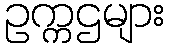
ဥက္ကဌများ